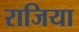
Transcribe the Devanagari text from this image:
राजिया